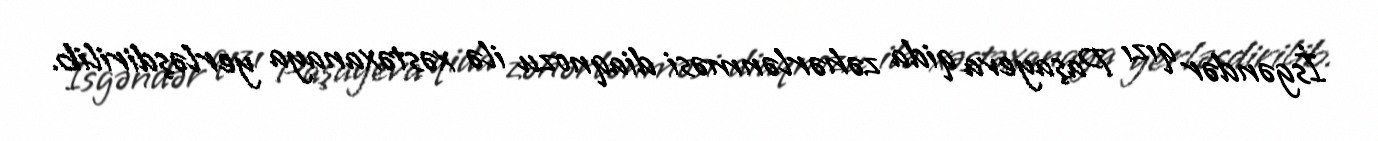
İsgəndər qızı Paşayeva qida zəhərlənməsi diaqnozu ilə xəstəxanaya yerləşdirilib.